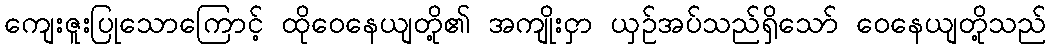
ကျေးဇူးပြုသောကြောင့် ထိုဝေနေယျတို့၏ အကျိုးငှာ ယှဉ်အပ်သည်ရှိသော် ဝေနေယျတို့သည်